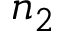
n _ { 2 }